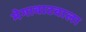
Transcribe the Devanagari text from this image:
मेगावाटवाला